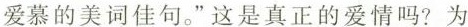
爱慕的美词佳句。“这是真正的爱情吗？为